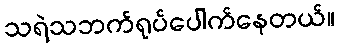
သရဲသဘက်ရုပ်ပေါက်နေတယ်။